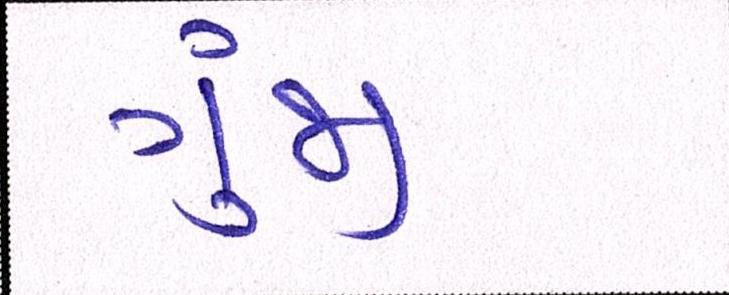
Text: ગુંજી